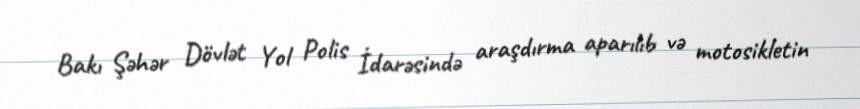
Bakı Şəhər Dövlət Yol Polis İdarəsində araşdırma aparılıb və motosikletin